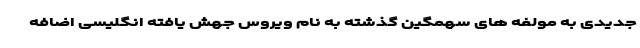
جدیدی به مولفه های سهمگین گذشته به نام ویروس جهش یافته انگلیسی اضافه